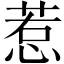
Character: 惹